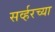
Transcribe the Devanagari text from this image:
सर्व्हरच्या